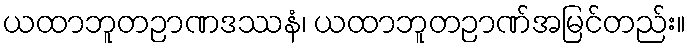
ယထာဘူတဉာဏဒဿနံ၊ ယထာဘူတဉာဏ်အမြင်တည်း။